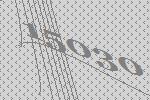
15030